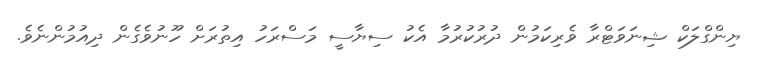
ޔިންގްލަކް ޝިނަވަޓްރާ ވެރިކަމުން ދުރުކުރުމާ އެކު ސިޔާސީ މަސްރަހު އިތުރަށް ހޫނުވެގެން ދިއުމުންނެވެ.